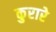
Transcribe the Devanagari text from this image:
कुरारे